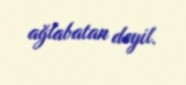
ağlabatan deyil.